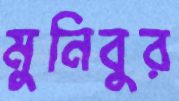
মুনিবুর